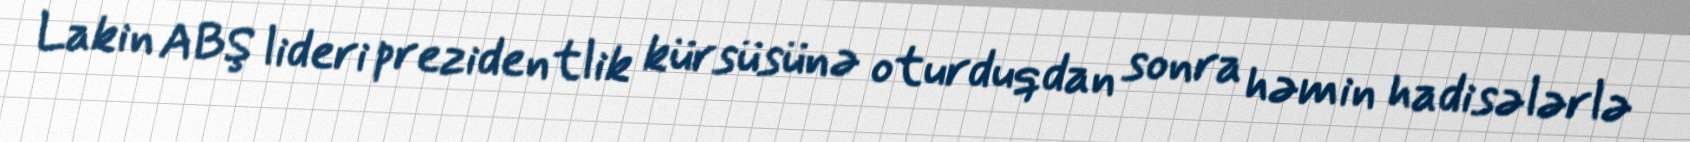
Lakin ABŞ lideri prezidentlik kürsüsünə oturduqdan sonra həmin hadisələrlə